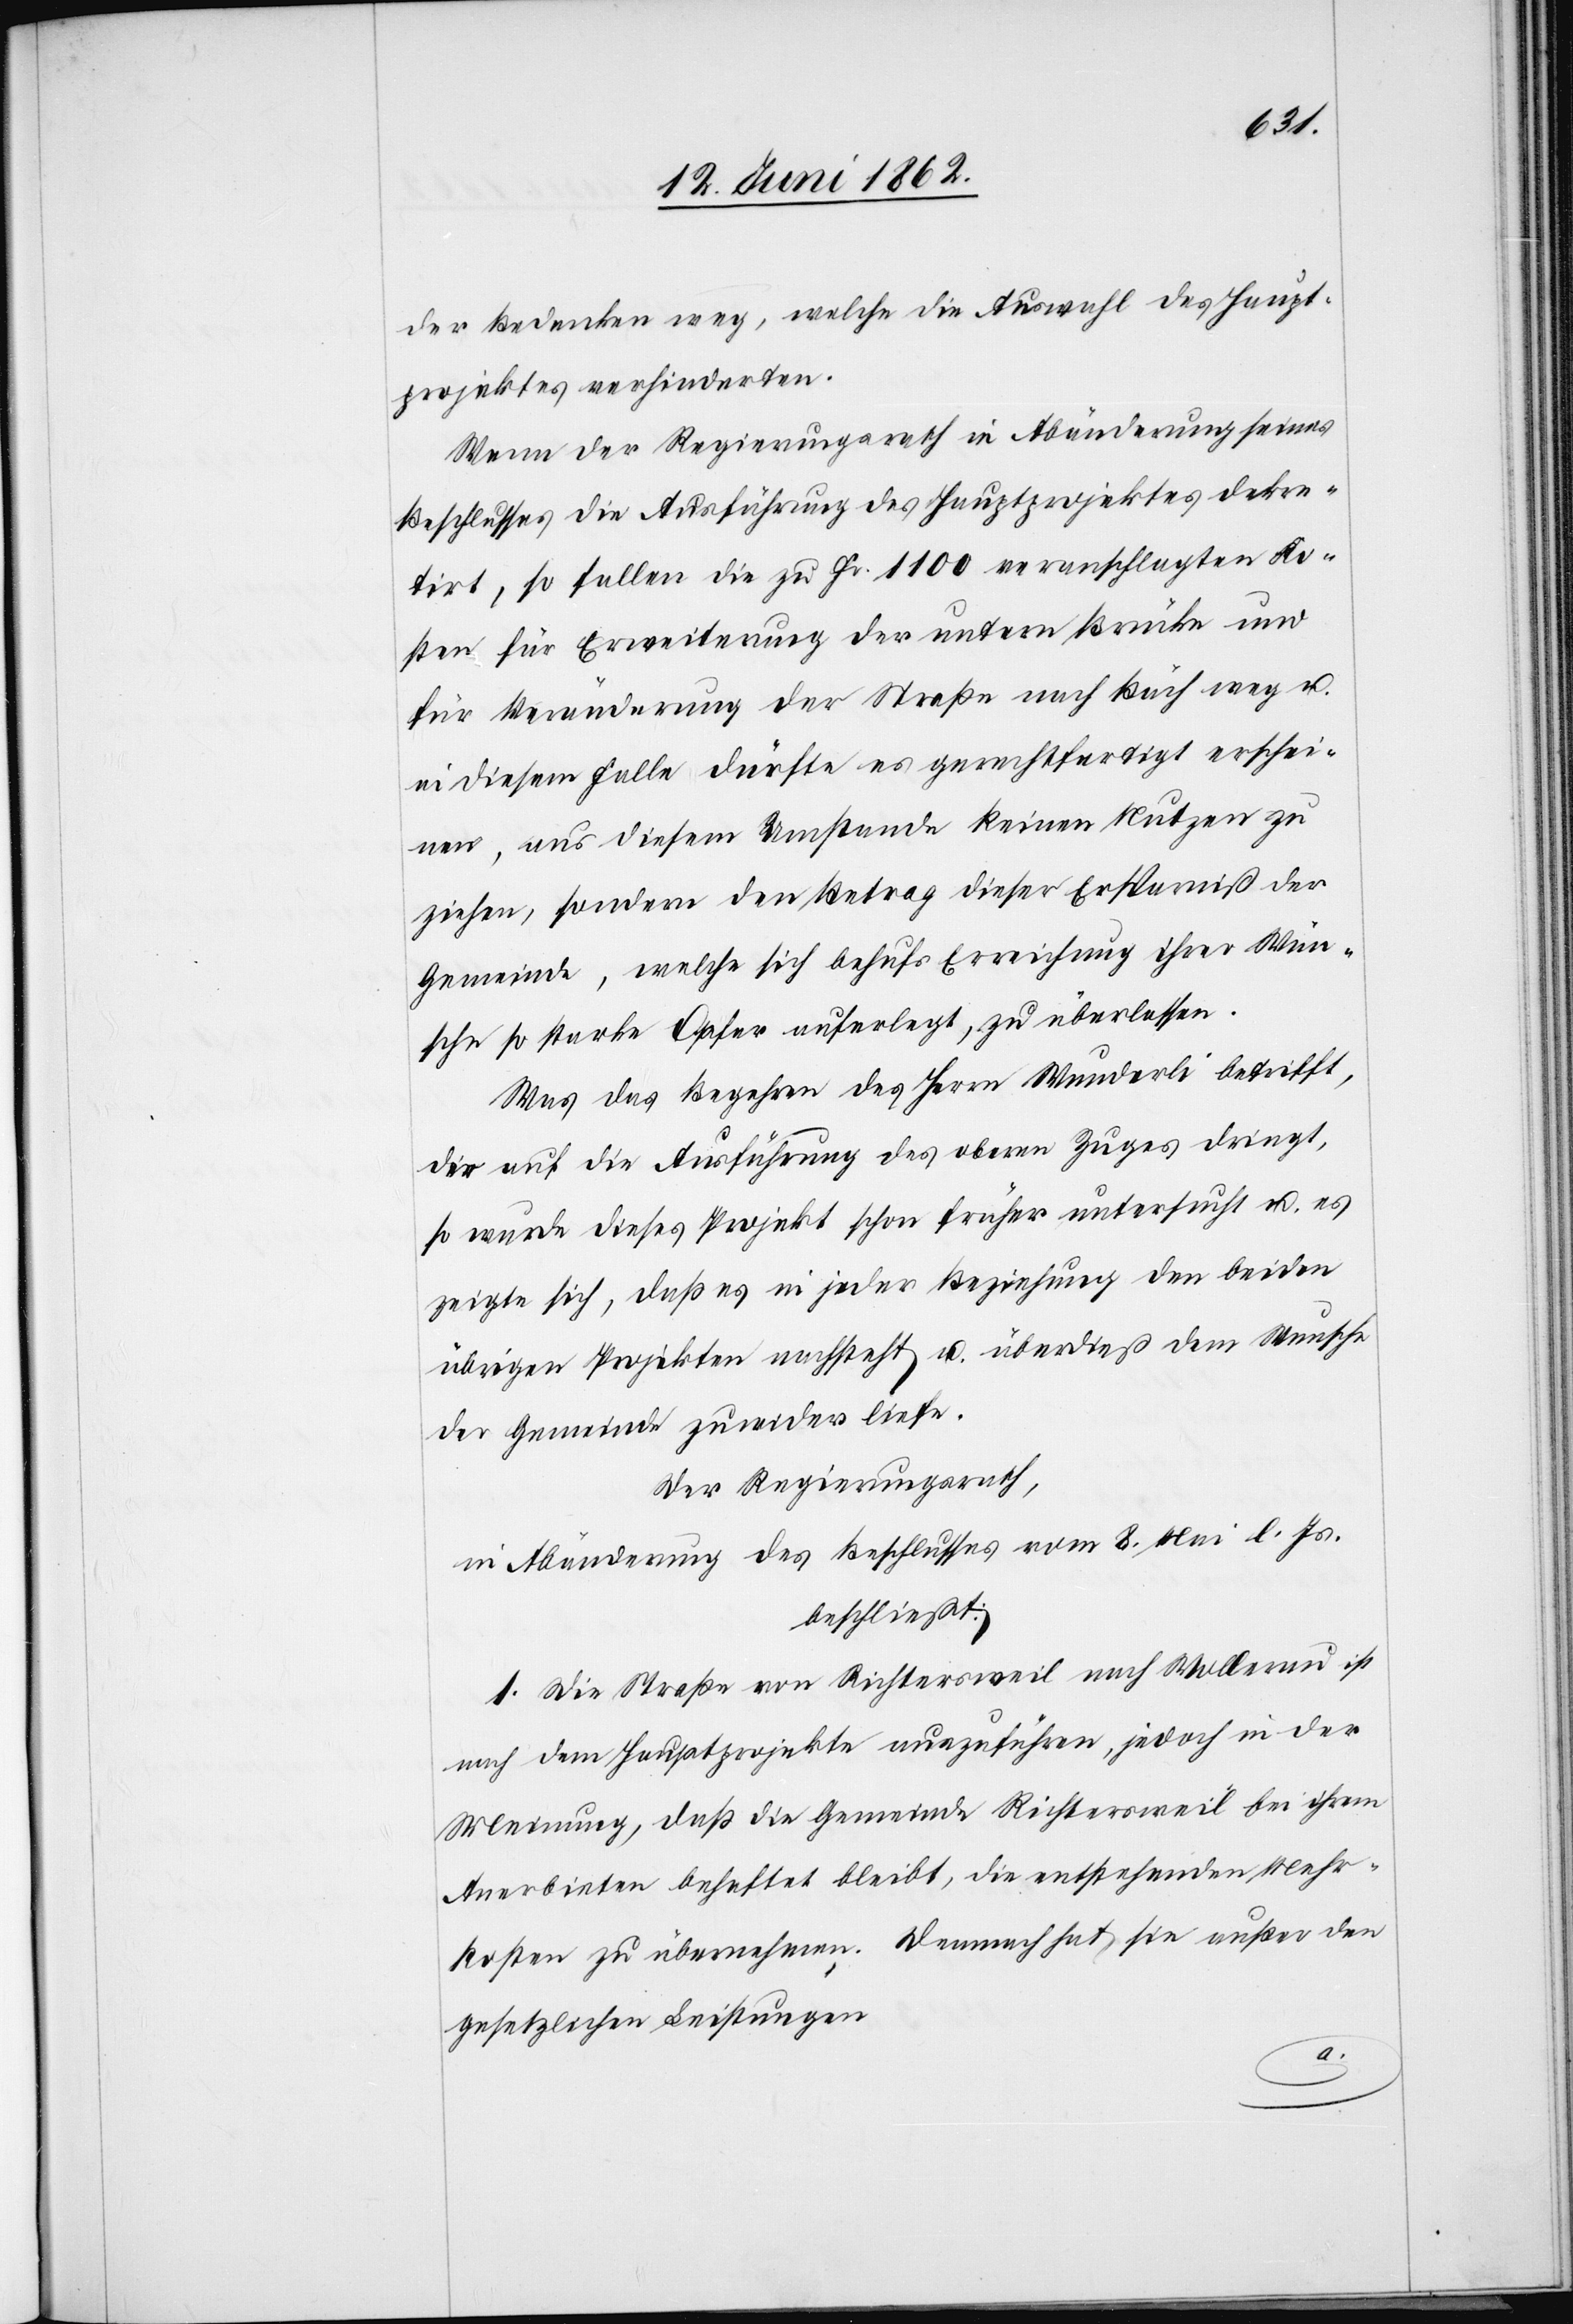
der Bedenken weg, welche die Auswahl des Haupt¬
projektes verhinderten.
Wenn der Regierungsrath in Abänderung seines
Beschlusses die Ausführung des Hauptprojektes dekre¬
tirt, so fallen die zu Fr. 1100 veranschlagten Ko¬
sten für Erweiterung der untern Brücke und
für Veränderung der Straße nach Bäch weg u.
in diesem Falle dürfte es gerechtfertigt erschei¬
nen, aus diesem Umstande keinen Nutzen zu
ziehen, sondern den Betrag dieser Ersparniß der
Gemeinde, welche sich behufs Erreichung ihrer Wün¬
sche so starke Opfer auferlegt, zu überlassen.
Was das Begehren des Herrn Wunderli betrifft,
der auf die Ausführung des obern Zuges dringt,
so wurde dieses Projekt schon früher untersucht u. es
zeigte sich, daß es in jeder Beziehung den beiden
übrigen Projekten nachsteht u. überdieß dem Wunsche
der Gemeinde zuwider liefe.
Der Regierungsrath,
in Abänderung des Beschlusses vom 8. Mai l. Js.
beschließt:
1. Die Straße von Richtersweil nach Wollerau ist
nach dem Hauptprojekte auszuführen, jedoch in der
Meinung, daß die Gemeinde Richtersweil bei ihrem
Anerbieten behaftet bleibt, die entstehenden Mehr¬
kosten zu übernehmen. Demnach hat sie außer den
gesetzlichen Leistungen